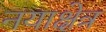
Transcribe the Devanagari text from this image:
नयाक्षेत्र